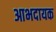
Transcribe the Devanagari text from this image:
आभदायक